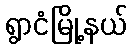
ရွာငံမြို့နယ်